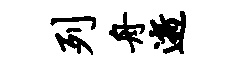
列舟逝